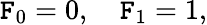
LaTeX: \mathtt{F}_{0}=0,\quad\mathtt{F}_{1}=1,